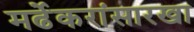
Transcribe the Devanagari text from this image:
मर्ढेकरांसारखा